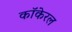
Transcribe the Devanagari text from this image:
कॉकेरल